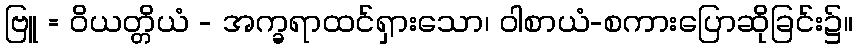
ဗြူ = ဝိယတ္တိယံ - အက္ခရာထင်ရှားသော၊ ဝါစာယံ-စကားပြောဆိုခြင်း၌။